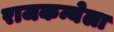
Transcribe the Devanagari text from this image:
राजकन्येला